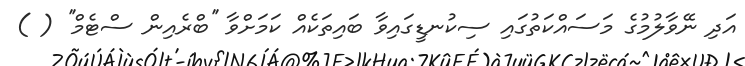
އަދި ނޭވާލުމުގެ މަސައްކަތުގައި ސިކުނޑީގައިވާ ބައިތަކެއް ކަމަށްވާ ''ބްރެއިން ސްޓެމް'' ( )